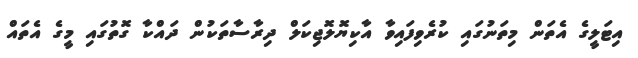
އިޓަލީގެ އެތަން މިތަނުގައި ކުރެވިފައިވާ އާކިޔޮލޮޖިކަލް ދިރާސާތަކުން ދައްކާ ގޮތުގައި މީގެ އެތައް